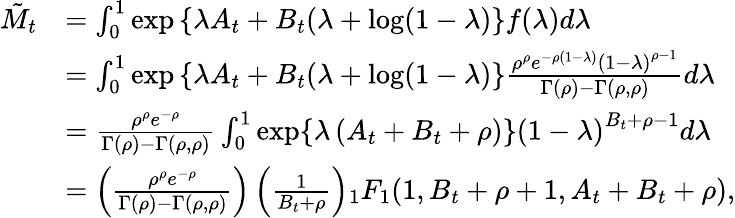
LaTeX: \begin{array}{rl}{\tilde{M}_{t}}&{=\int_{0}^{1}\exp\left\{ \lambda A_{t}+B_{t}(\lambda+\log(1-\lambda)\right\} f(\lambda)d\lambda}\\ &{=\int_{0}^{1}\exp\left\{ \lambda A_{t}+B_{t}(\lambda+\log(1-\lambda)\right\} \frac{\rho^{\rho}e^{-\rho\left(1-\lambda\right)}\left(1-\lambda\right)^{\rho-1}}{\Gamma(\rho)-\Gamma(\rho,\rho)}d\lambda}\\ &{=\frac{\rho^{\rho}e^{-\rho}}{\Gamma(\rho)-\Gamma(\rho,\rho)}\int_{0}^{1}\exp\{ \lambda\left(A_{t}+B_{t}+\rho\right)\} \left(1-\lambda\right)^{B_{t}+\rho-1}d\lambda}\\ &{=\left(\frac{\rho^{\rho}e^{-\rho}}{\Gamma(\rho)-\Gamma(\rho,\rho)}\right)\left(\frac{1}{B_{t}+\rho}\right){_1F_{1}}(1,B_{t}+\rho+1,A_{t}+B_{t}+\rho),}\end{array}